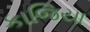
કાજિયા